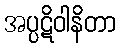
အပ္ပဋိဝါနိတာ